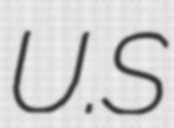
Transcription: U.S